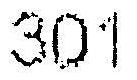
301